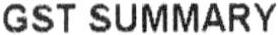
GST SUMMARY